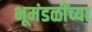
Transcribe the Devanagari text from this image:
भूमंडळींच्या